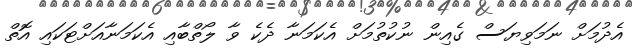
އެދުމަށް ނަމަވިޔަސް ގެއިން ނުކުތުމަށް އެކަމަނާ ދެކެ ވާ ލޯތްބާއި އެކަމަނާއަށްޓަކައި އޮތް